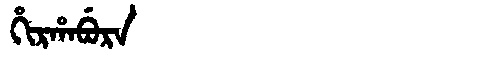
Manchu: ᡥᡳᡵᡥᠠᠪᡠᡵᠠ
Romanization: HIRHABURA